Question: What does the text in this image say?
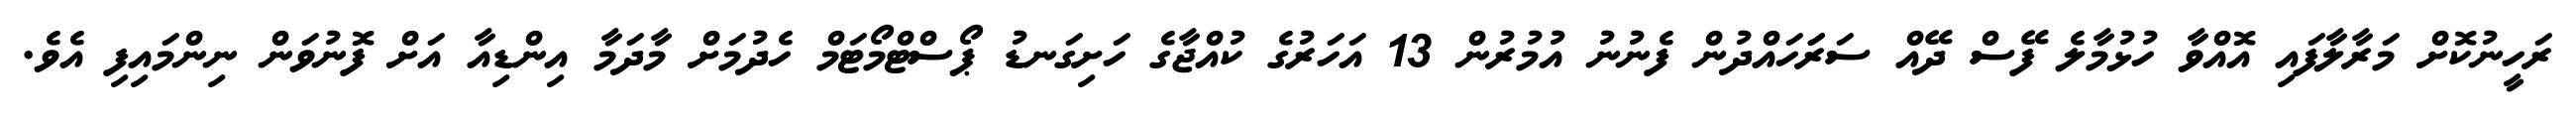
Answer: ރަހީނުކޮށް މަރާލާފައި އޮއްވާ ހުޅުމާލެ ފޭސް ދޭއް ސަރަަހައްދުން ފެނުނު އުމުރުން 13 އަހަރުގެ ކުއްޖާގެ ހަށިގަނޑު ޕޯސްޓްމޯޓަމް ހެދުމަށް މާދަމާ އިންޑިއާ އަށް ފޮނުވަން ނިންމައިފި އެވެ.